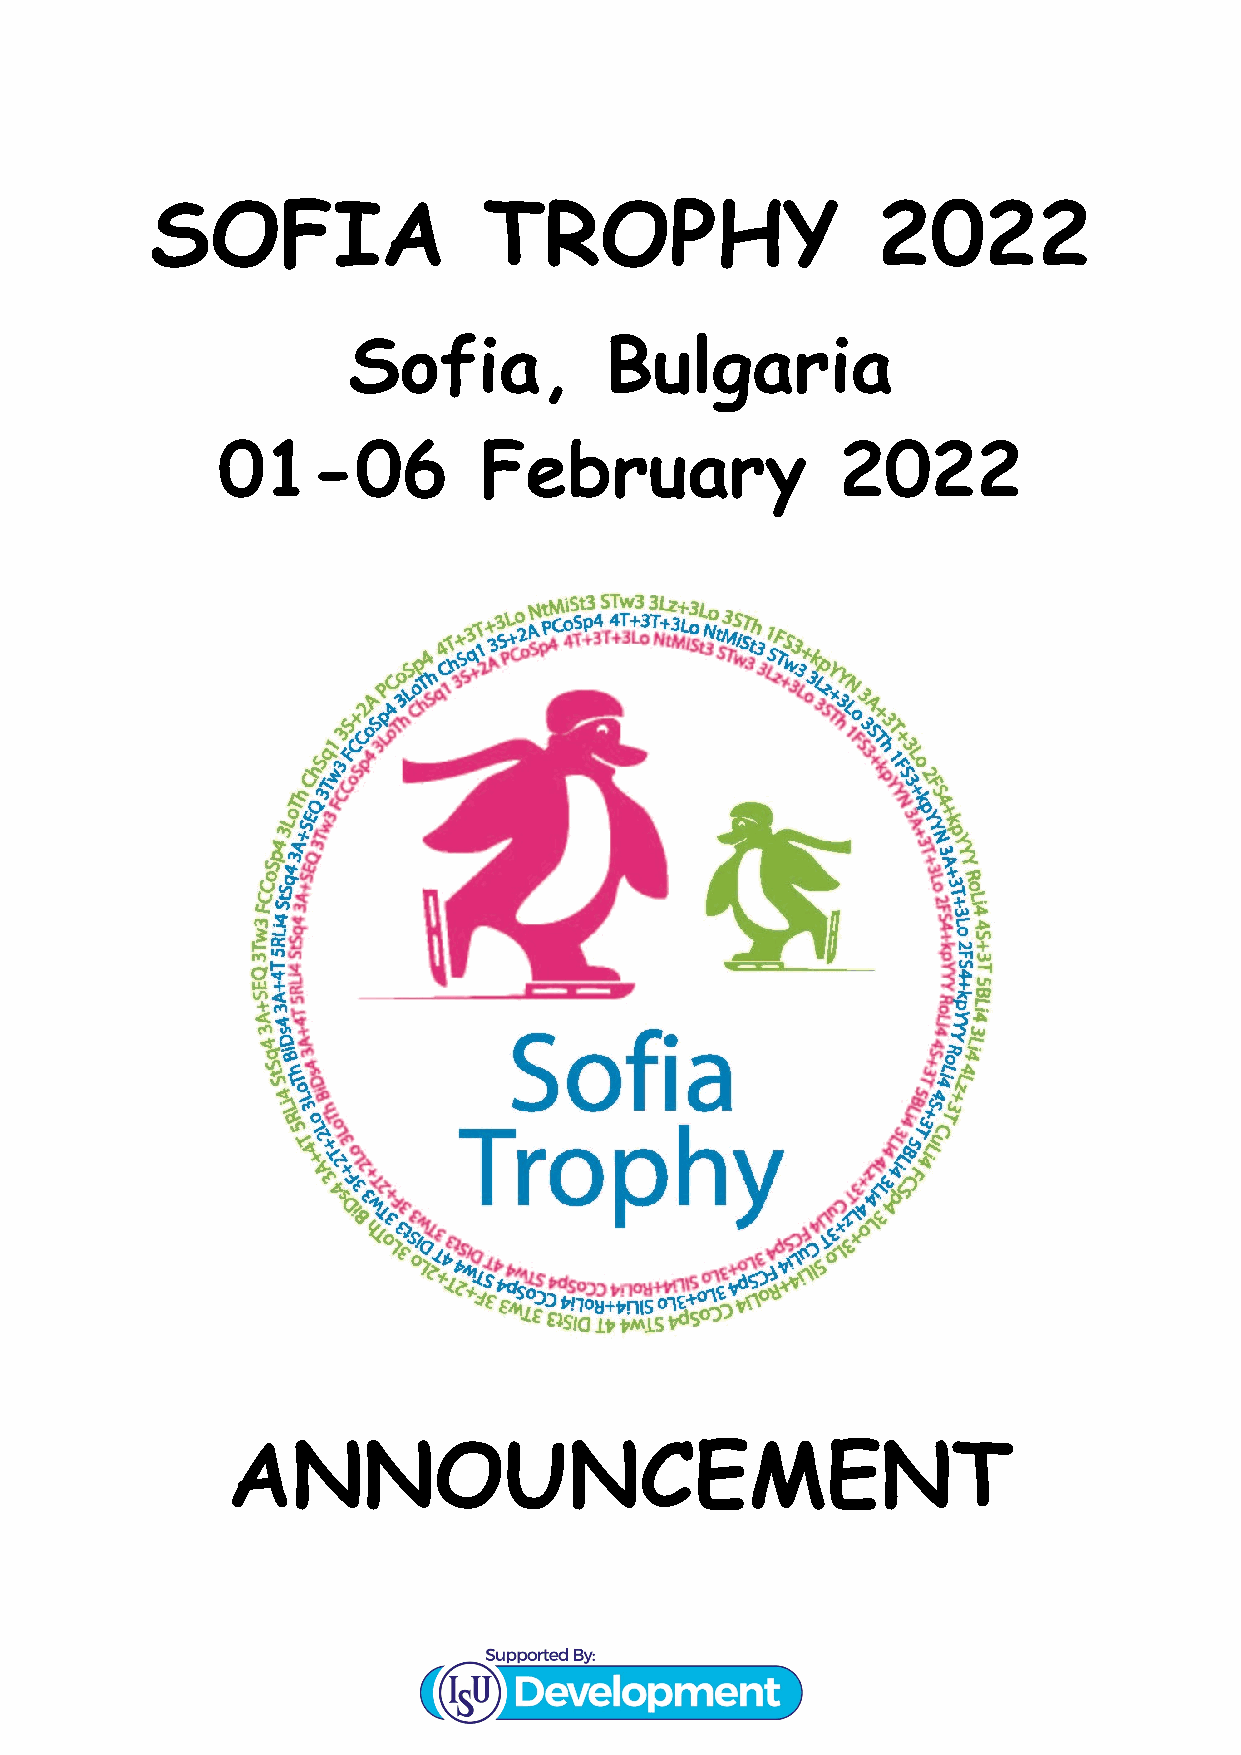
SOFIA                 TROPHY                    2022
 Sofia,           Bulgaria
 01-06             February                2022
 ANNOUNCEMENT